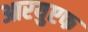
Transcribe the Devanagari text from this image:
आरयुएफ